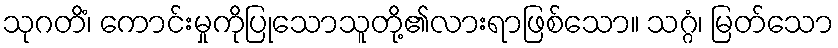
သုဂတိံ၊ ကောင်းမှုကိုပြုသောသူတို့၏လားရာဖြစ်သော။ သဂ္ဂံ၊ မြတ်သော